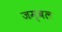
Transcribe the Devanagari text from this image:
जम्‍बल